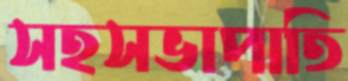
সহসভাপাতি